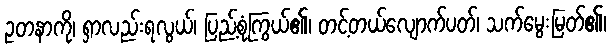
ဥတနာကို၊ ရှာလည်းရလွယ်၊ ပြည့်စုံကြွယ်၏၊ တင့်တယ်လျောက်ပတ်၊ သက်မွေးမြတ်၏၊